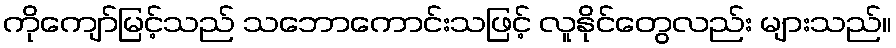
ကိုကျော်မြင့်သည် သဘောကောင်းသဖြင့် လူနိုင်တွေလည်း များသည်။